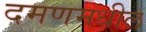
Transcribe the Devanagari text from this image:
दमणमधील